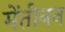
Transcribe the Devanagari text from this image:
मेंतीनन